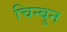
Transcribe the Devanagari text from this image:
चिन्बुन